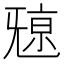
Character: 𣄷